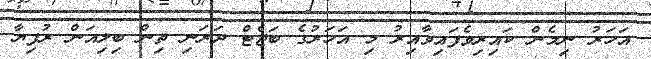
އަހަރު ނިމެން ކައިރިވެފައިވާއިރު މި އަހަރުގެ ބަޖެޓް ދަރަނި ތިން ބިލިއަން ރުފިޔާ